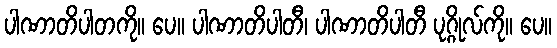
ပါဏာတိပါတကို။ ပေ။ ပါဏာတိပါတီ၊ ပါဏာတိပါတီ ပုဂ္ဂိုလ်ကို။ ပေ။